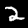
Label: 2